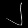
Digit: ၂